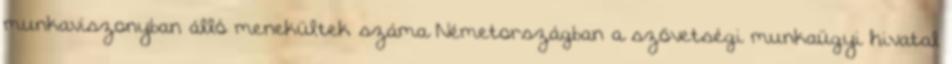
munkaviszonyban álló menekültek száma Németországban a szövetségi munkaügyi hivatal